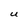
Character: U